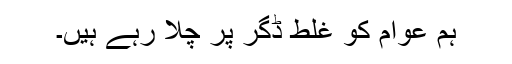
ہم عوام کو غلط ڈگر پر چلا رہے ہیں۔